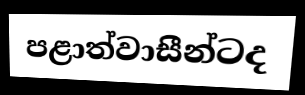
පළාත්වාසීන්ටද